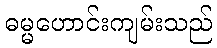
ဓမ္မဟောင်းကျမ်းသည်